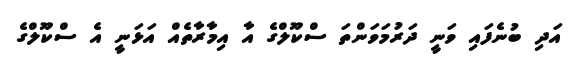
އަދި ބުނެފައި ވަނީ ދަރުމަވަންތަ ސްކޫލްގެ އާ އިމާރާތެއް އަޅަނީ އެ ސްކޫލްގެ